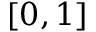
[ 0 , 1 ]